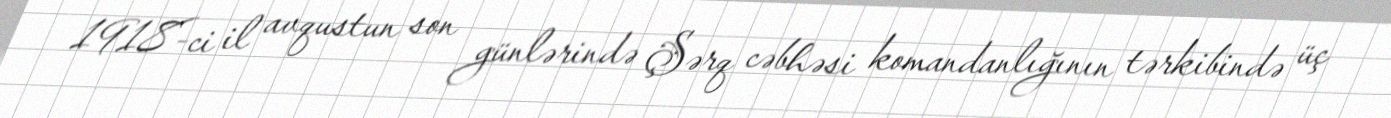
1918-ci il avqustun son günlərində Şərq cəbhəsi komandanlığının tərkibində üç